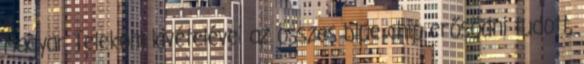
Magyar Telekom kivételével az összes blue chip erősödni tudott,